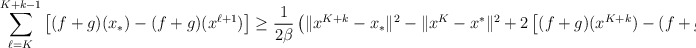
\begin{align*}\sum_{\ell=K}^{K+k-1}\left[(f+g)(x_*)-(f+g)(x^{\ell+1})\right]\ge \frac{1}{2\beta}\left(\|x^{K+k}-x_*\|^2-\|x^K-x^*\|^2+2\left[(f+g)(x^{K+k})-(f+g)(x^{K})\right]\right).\end{align*}